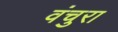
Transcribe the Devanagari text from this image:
वंचुरा